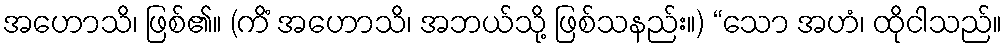
အဟောသိ၊ ဖြစ်၏။ (ကိံ အဟောသိ၊ အဘယ်သို့ ဖြစ်သနည်း။) “သော အဟံ၊ ထိုငါသည်။